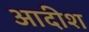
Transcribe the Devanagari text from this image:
आदीश